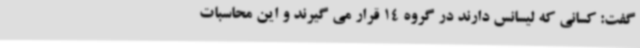
گفت: کسانی که لیسانس دارند در گروه 14 قرار می گیرند و این محاسبات